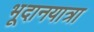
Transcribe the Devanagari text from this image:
भूदानयात्रा